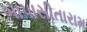
બાપાસીતારામ